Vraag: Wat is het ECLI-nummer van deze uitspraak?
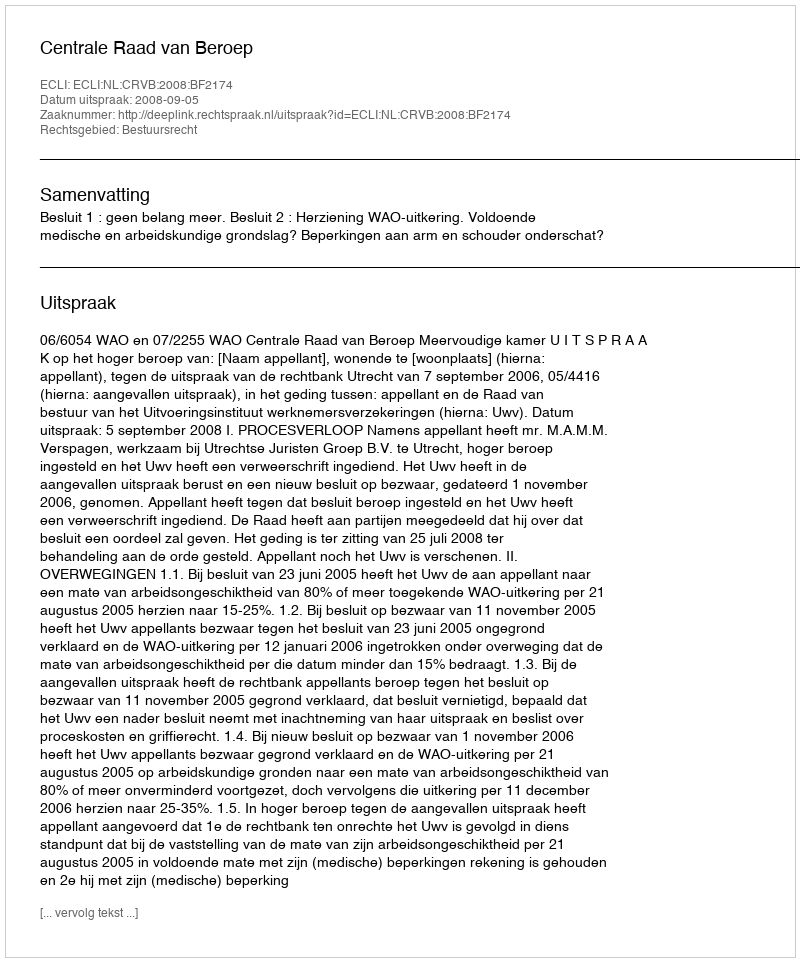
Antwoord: ECLI:NL:CRVB:2008:BF2174